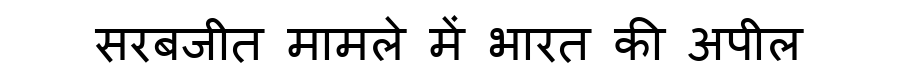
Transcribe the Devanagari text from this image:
सरबजीत मामले में भारत की अपील